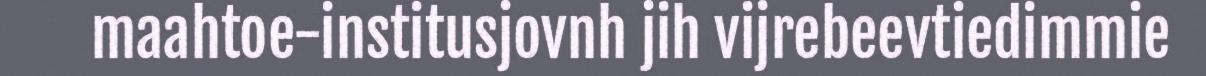
maahtoe-institusjovnh jih vijrebeevtiedimmie